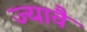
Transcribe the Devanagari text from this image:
ज्यावै